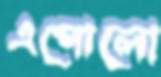
এপোলো